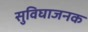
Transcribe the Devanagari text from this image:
सुविघाजनक